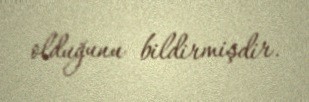
olduğunu bildirmişdir.